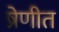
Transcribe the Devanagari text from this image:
ष्रेणीत